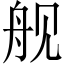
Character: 舰